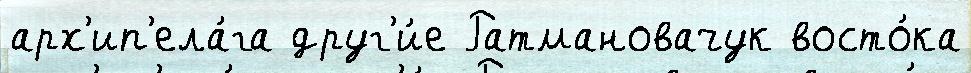
арх'ип'ела́га друг'и́е Ратмановачук восто́ка